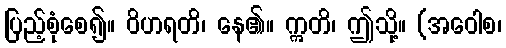
ပြည့်စုံစေ၍။ ဝိဟရတိ၊ နေ၏။ ဣတိ၊ ဤသို့။ (အဝေါစ၊